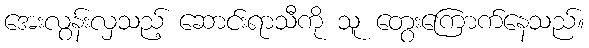
အေးလွန်းလှသည့် ဆောင်းရာသီကို သူ တွေးကြောက်နေသည်။